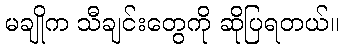
မချိုက သီချင်းတွေကို ဆိုပြရတယ်။